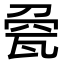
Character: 𤭀